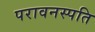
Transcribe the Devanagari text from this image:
परावनस्पति